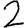
Digit: 2